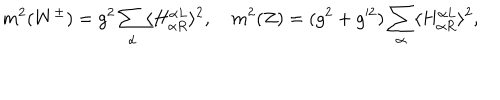
m ^ { 2 } ( W ^ { \pm } ) = g ^ { 2 } \sum _ { \alpha } \langle H _ { \alpha R } ^ { \alpha L } \rangle ^ { 2 } , \quad m ^ { 2 } ( Z ) = ( g ^ { 2 } + g ^ { 2 } ) \sum _ { \alpha } \langle H _ { \alpha R } ^ { \alpha L } \rangle ^ { 2 } , \quad